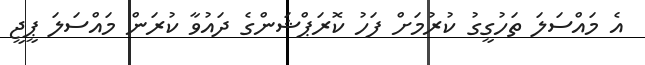
އެ މައްސަލަ ތަހުގީގު ކުރުމަށް ފަހު ކޮރަޕްޝަންގެ ދައުވާ ކުރަން މައްސަލަ ޕީޖީ